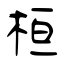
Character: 桓